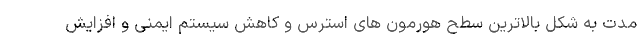
مدت به شکل بالاترین سطح هورمون ‌های استرس و کاهش سیستم ایمنی و افزایش